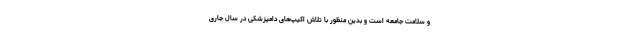
و سلامت جامعه است و بدین منظور با تلاش اکیپ‌های دامپزشکی در سال جاری